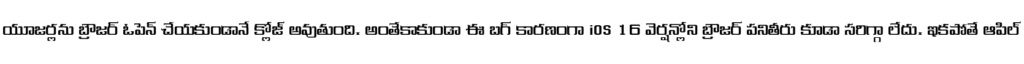
యూజర్లను బ్రౌజర్ ఓపెన్ చేయకుండానే క్లోజ్ అవుతుంది. అంతేకాకుండా ఈ బగ్ కారణంగా iOS 16 వెర్షన్లోని బ్రౌజర్ పనితీరు కూడా సరిగ్గా లేదు. ఇకపోతే ఆపిల్